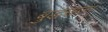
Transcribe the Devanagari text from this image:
बुद्धराजा